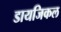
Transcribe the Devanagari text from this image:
डायजिकल